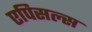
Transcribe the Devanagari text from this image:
एपिसल्स